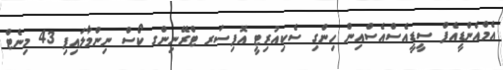
އެމްއެންޑީއެފް ސީޑީއެސްއެސްއިން ހިންގި ސެކިއުރިޓީ އޮފިސަރ ޓްރޭނިންގ ކޯސް ނިންމާލައިފި 43 މިނެޓް